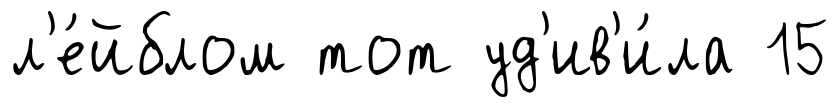
л'е́йблом тот уд'ив'и́ла 15